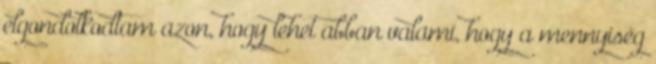
elgondolkodtam azon, hogy lehet abban valami, hogy a mennyiség